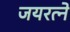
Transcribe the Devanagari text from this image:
जयरत्ने